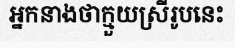
អ្នកនាងថាក្មួយស្រីរូបនេះ